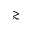
\gtrsim